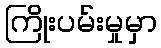
ကြိုးပမ်းမှုမှာ